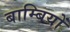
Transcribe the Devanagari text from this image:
बाम्बियों